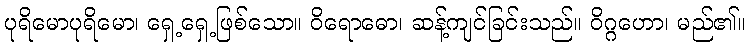
ပုရိမောပုရိမော၊ ရှေ့ရှေ့ဖြစ်သော။ ဝိရောဓော၊ ဆန့်ကျင်ခြင်းသည်။ ဝိဂ္ဂဟော၊ မည်၏။